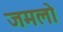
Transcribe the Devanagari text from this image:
जमलो